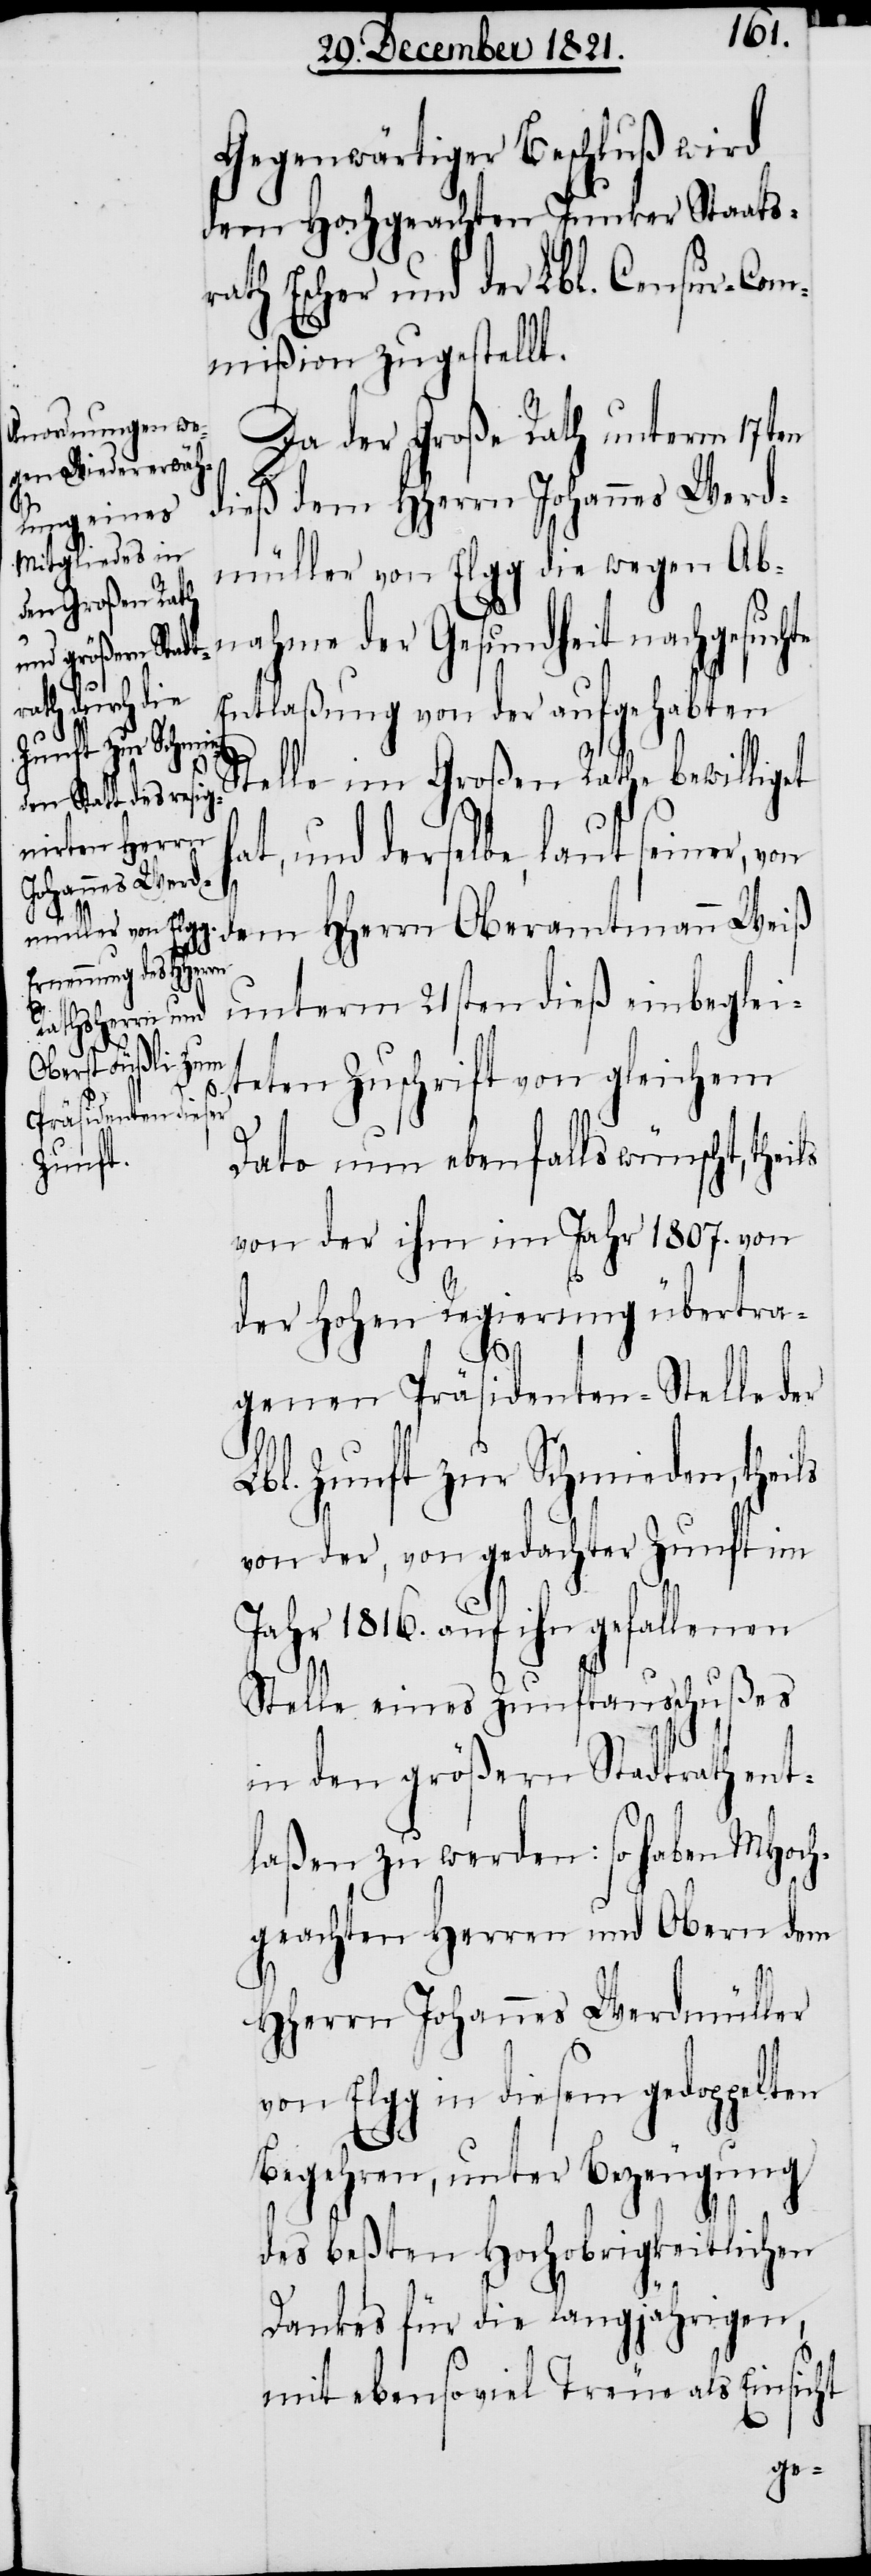
Gegenwärtiger Beschluß wird
dem Hochgeachten Junker Staats¬
rath Escher und der Lbl. Censur-Com¬
mißion zugestellt.
Da der Große Rath unterm 17ten
dieß dem HHerrn Johannes Werd¬
müller von Elgg die wegen Ab¬
nahme der Gesundheit nachgesuchte
Entlaßung von der aufgehabten
Stelle im Großen Rathe bewilliget
hat, und derselbe, laut seiner, von
dem HHerrn Oberamtmann Weiß
unterm 21sten dieß einbeglei¬
ls
teten Zuschrift von gleichem
dato nun ebenfalls wünscht, thei¬
von der ihm im Jahr 1807. von
der Hohen Regierung übertra¬
genen Präsidenten-Stelle der
Lbl. Zunft zur Schmieden, theils
von der, von gedachter Zunft im
Jahr 1816. auf ihn gefallenen
Stelle eines Zunftausschußes
in den größern Stadtrath ent¬
laßen zu werden: so haben MHoch¬
geachten Herren und Obern dem
HHerrn Johannes Werdmüller
von Elgg in diesem gedoppelten
Begehren, unter Bezeugung
des beßten Hochobrigkeitlichen
Dankes für die langjährigen,
mit ebensoviel Treue als Einsicht